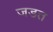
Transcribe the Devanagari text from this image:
जडत